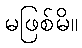
မဖြစ်မိ။